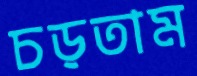
চড়তাম